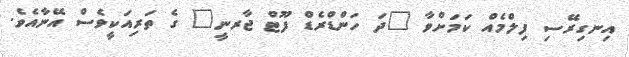
އިނގިރޭސި ފިލްމެއް ކަމަށްވާ "ދަ ހަންޑްރެޑް ފޫޓް ޖާރނީ" ގެ ތަރިއަކީވެސް އޭނާއެވެ.